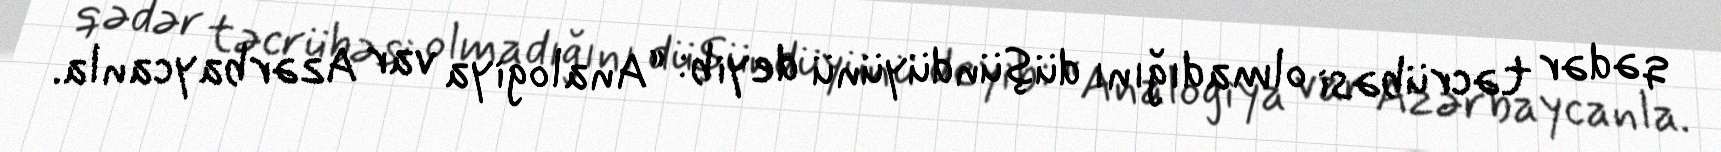
qədər təcrübəsi olmadığını düşündüyünü deyib: “Analogiya var Azərbaycanla.